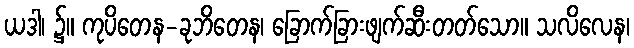
ယဒါ၊ ၌။ ကုပိတေန-ခုဘိတေန၊ ခြောက်ခြားဖျက်ဆီးတတ်သော။ သလိလေန၊